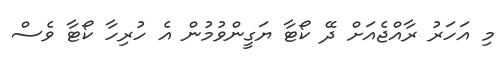
މި އަހަރު ރާއްޖެއަށް ދޭ ކޯޓާ ޔަގީންވުމުން އެ ހުރިހާ ކޯޓާ ވެސް